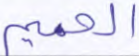
الحميم